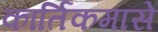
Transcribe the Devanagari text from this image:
कार्तिकमासे